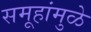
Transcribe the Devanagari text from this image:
समूहांमुळे